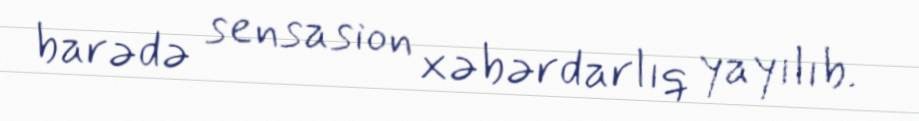
barədə sensasion xəbərdarlıq yayılıb.